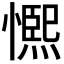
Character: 𭞺